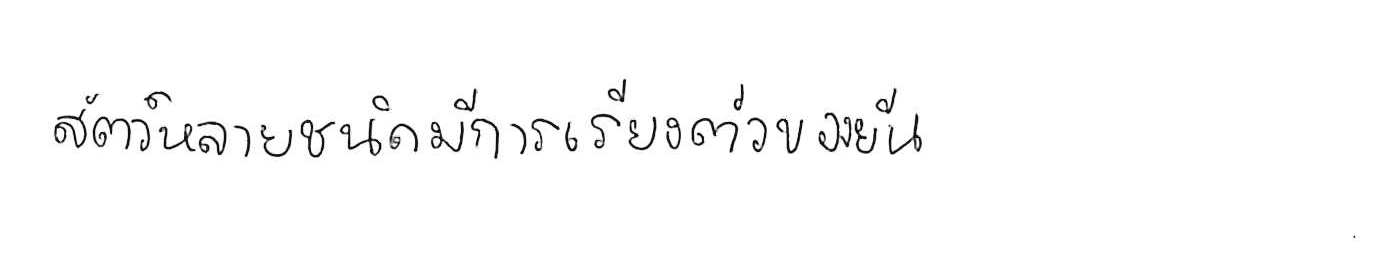
สัตว์หลายชนิดมีการเรียงตัวของยีน